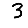
Digit: 3